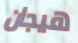
هيجان